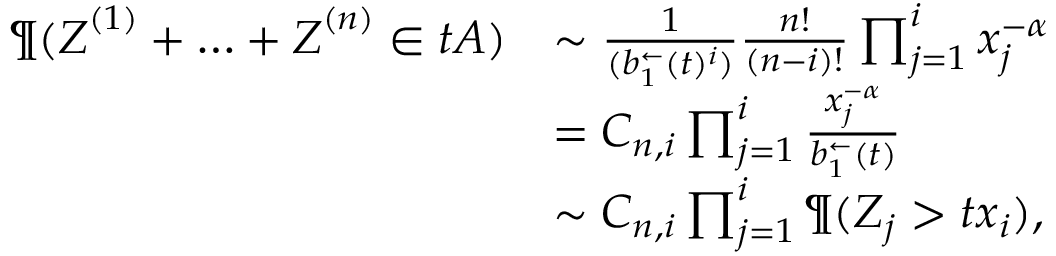
\begin{array} { r l } { \P ( \boldsymbol Z ^ { ( 1 ) } + \ldots + \boldsymbol Z ^ { ( n ) } \in t A ) } & { \sim \frac { 1 } { ( b _ { 1 } ^ { \leftarrow } ( t ) ^ { i } ) } \frac { n ! } { ( n - i ) ! } \prod _ { j = 1 } ^ { i } x _ { j } ^ { - \alpha } } \\ & { = C _ { n , i } \prod _ { j = 1 } ^ { i } \frac { x _ { j } ^ { - \alpha } } { b _ { 1 } ^ { \leftarrow } ( t ) } } \\ & { \sim C _ { n , i } \prod _ { j = 1 } ^ { i } \P ( Z _ { j } > t x _ { i } ) , } \end{array}